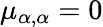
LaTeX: \mu_{\alpha,\alpha}=0